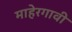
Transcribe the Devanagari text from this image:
माहेरगावी